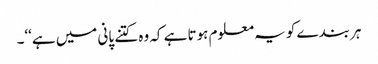
ہر بندے کو یہ معلوم ہوتا ہے کہ وہ کتنے پانی میں ہے‘‘۔